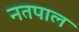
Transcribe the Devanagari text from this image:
नतपाल